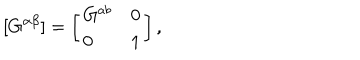
[ G ^ { \alpha \beta } ] = \left[ \begin{array} { l r } { { G ^ { a b } } } & { { 0 } } \\ { { 0 } } & { { 1 } } \\ \end{array} \right] ,